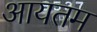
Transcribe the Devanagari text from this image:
आयतम